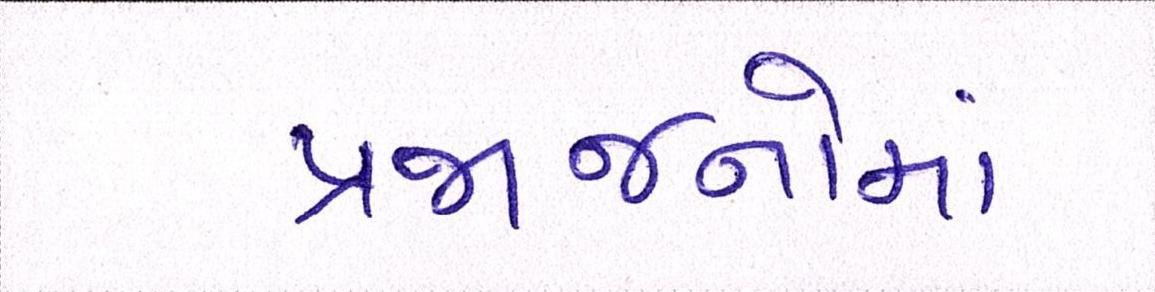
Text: પ્રજાજનોમાં